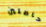
حاملين